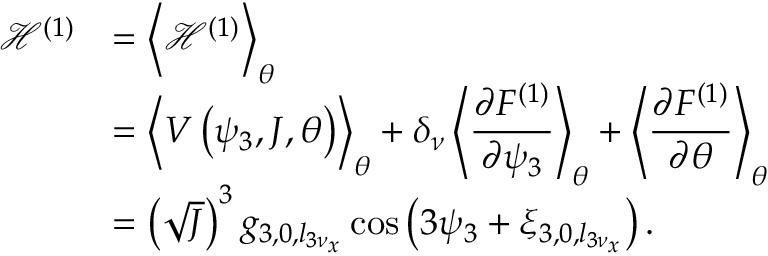
\begin{array} { c l } { \mathcal { H } ^ { ( 1 ) } } & { = \left< { \mathcal { H } ^ { ( 1 ) } } \right> _ { \theta } } \\ & { = \displaystyle \left< { V \left( \psi _ { 3 } , J , \theta \right) } \right> _ { \theta } + \delta _ { \nu } \left< { \frac { \partial F ^ { ( 1 ) } } { \partial \psi _ { 3 } } } \right> _ { \theta } + \left< { \frac { \partial F ^ { ( 1 ) } } { \partial \theta } } \right> _ { \theta } } \\ & { = \left( \sqrt J \right) ^ { 3 } g _ { 3 , 0 , l _ { 3 \nu _ { x } } } \cos \left( 3 \psi _ { 3 } + \xi _ { 3 , 0 , l _ { 3 \nu _ { x } } } \right) . } \end{array}